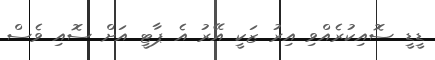
ޑީޑީ ސޮއިކުރެއްވި އިރު ޒަކީ އޭރު އެ ޕާޓީ އަށް ސޮއި ވެސް